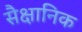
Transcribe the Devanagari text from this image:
सैक्षानिक